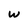
Character: w